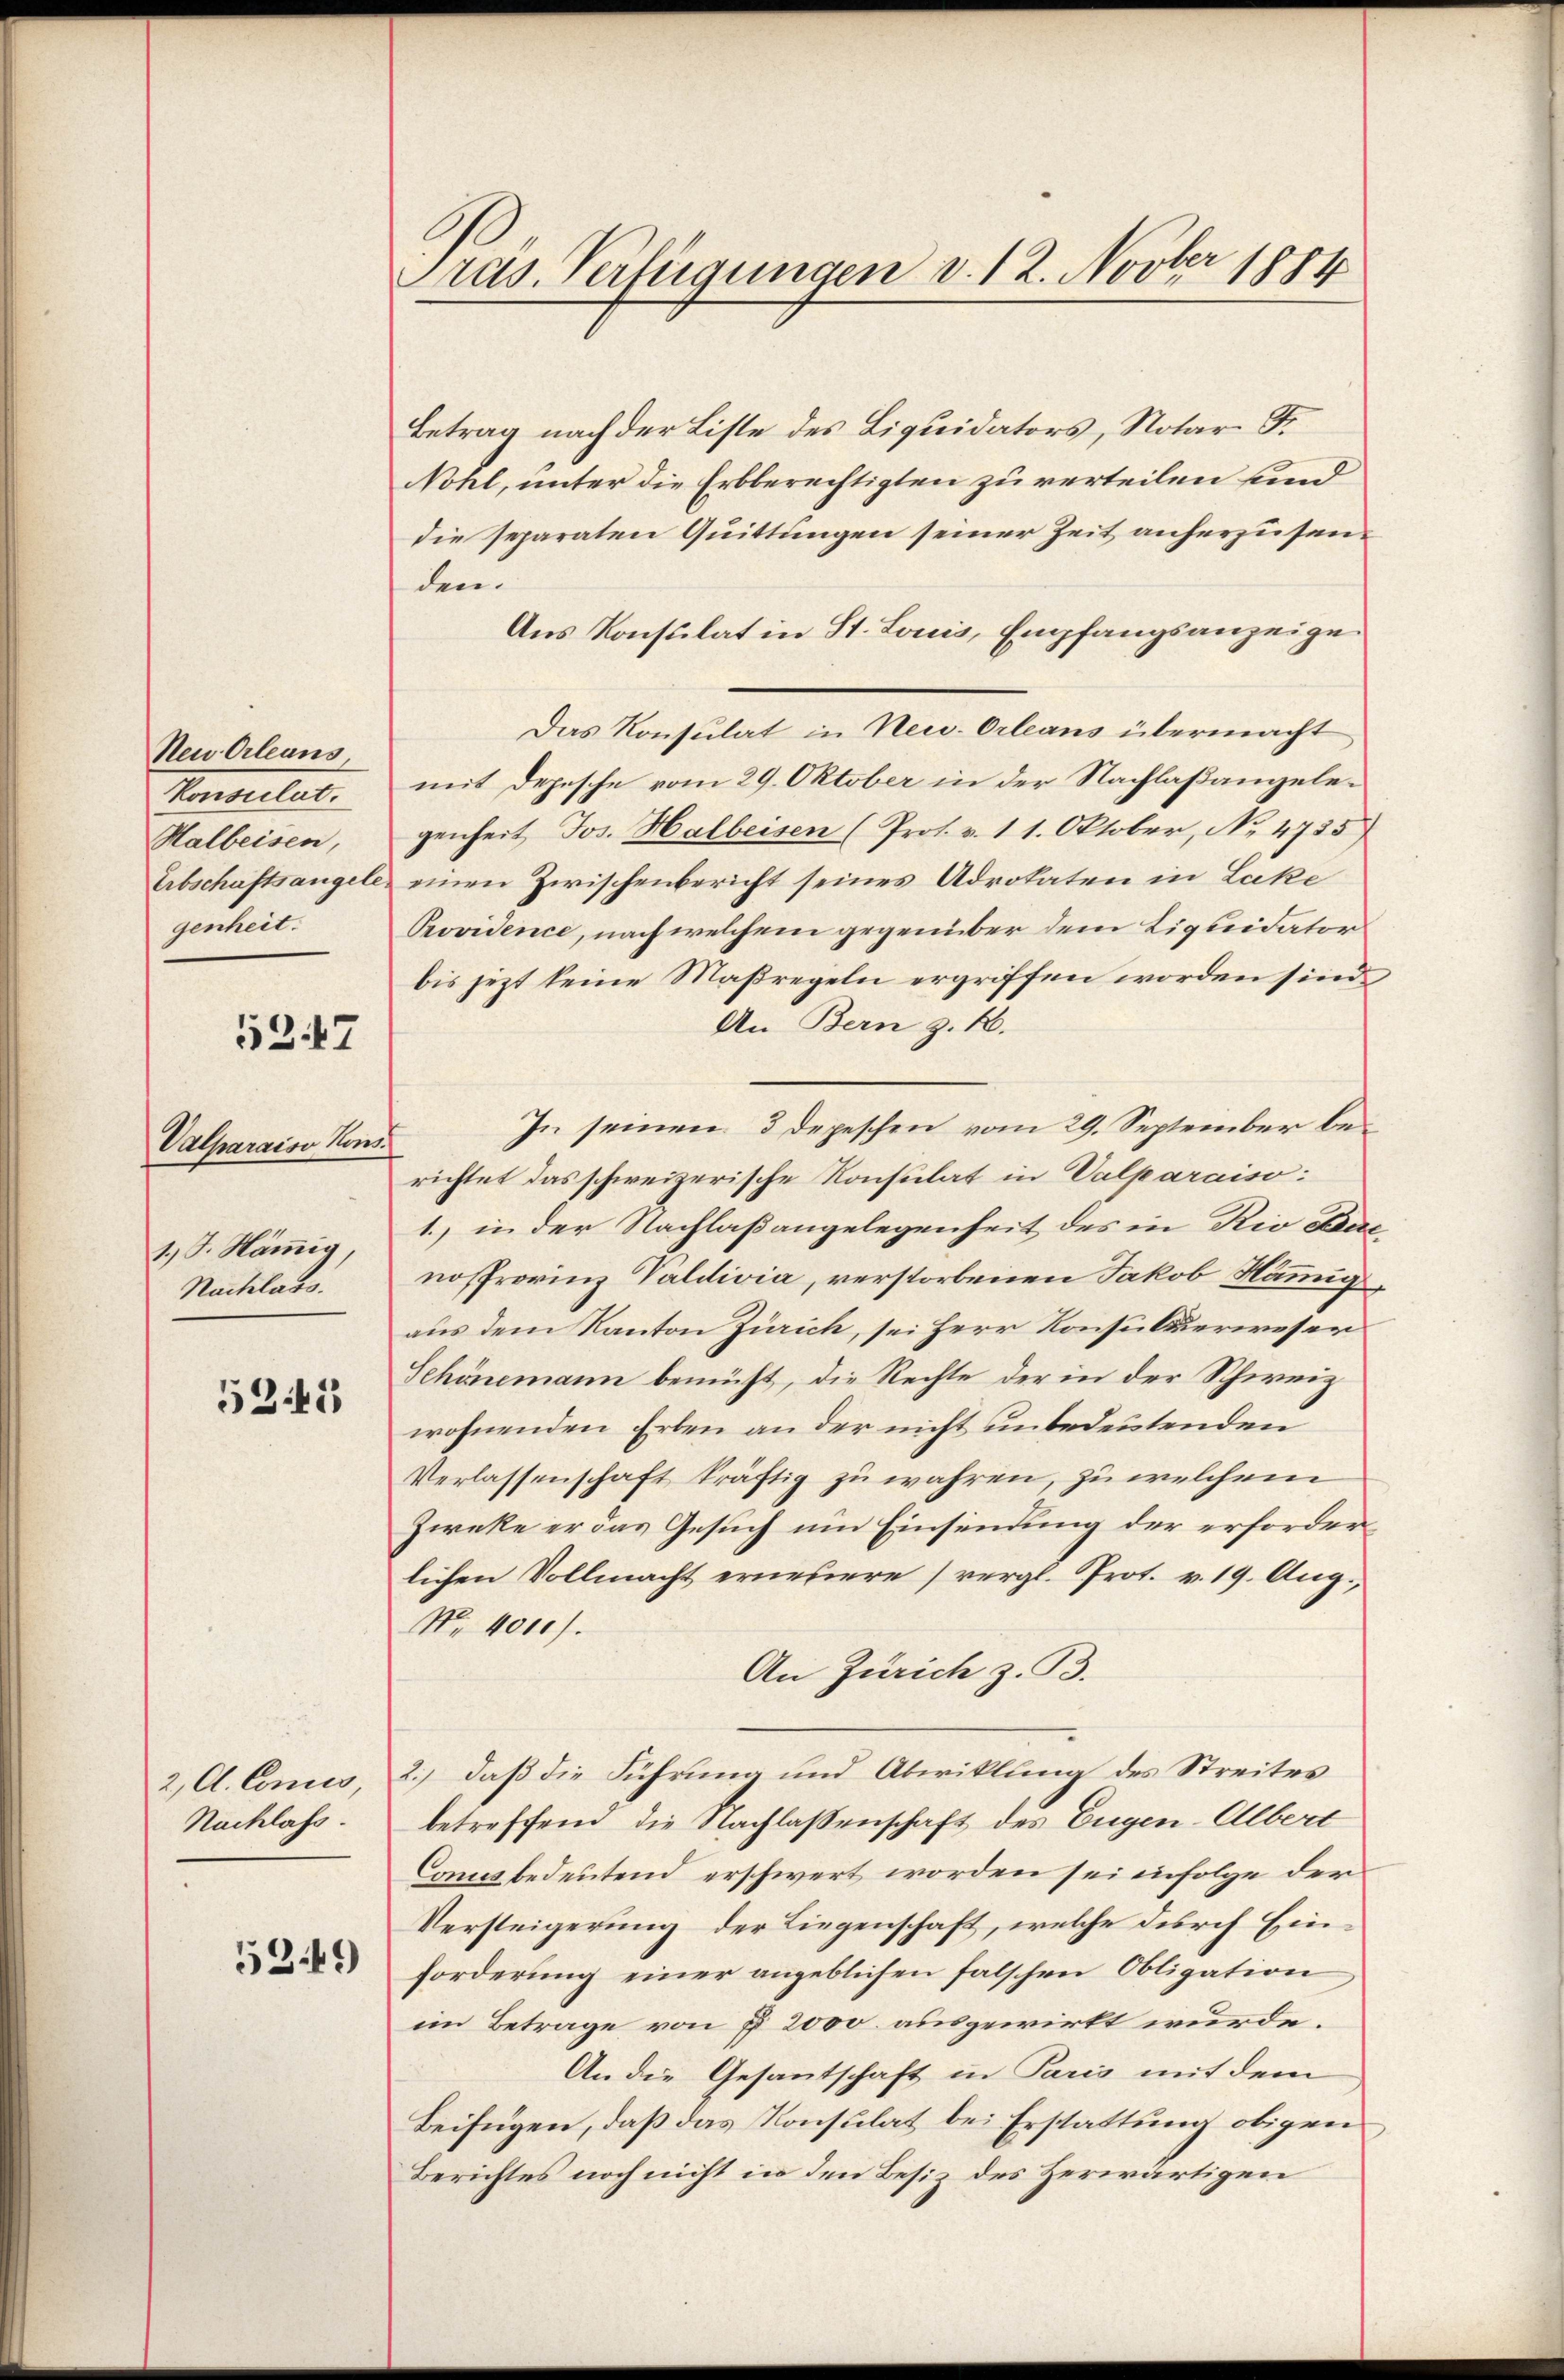
Neu Orleans
Konsulat.
Malbeisen,
genheit.

5347

Valparaiso Kons.
1.) J. Hämig,
Nachlass.

5345

2, Al. Conces,
Nachlass.

5249

Pras. Verfügungen v. 12. Novber 1884

Betrag nach der Liste des Liquidators, Notar. S.
Nohl, unter die Erbberechtigten zu verteilen und
die separaten Quittungen seiner Zeit anherzusenden.
Aus Konsulat in St. Louis, Empfangsanzeige
mit Depesche vom 29. Oktober in der Nachlaßangelegenheit Jos. Halbeisen (Pros. v. 11. Oktober, No 4755)
Erbschaftsangele, einen Zwischenbericht seines Advokaten in Luke
Providence, nach welchem gegenüber dem Liquidator
bis jezt keine Maßregeln ergriffen worden sind.
An Bern z. B.
In seinen 3 Depeschen vom 29. September berichtet das schweizerische Konsulat in Valparaiso:
1.) in der Nachlaßangelegenheit des in Rio Barnostrorinz Valdivia, verstorbenen Jakob Hämmig
aus dem Kanton Zürich, sei Herr Konsuluerweser
Schönemann bemüht, die Rechte der in der Schweiz
wohnenden Erben an der nicht unbedeutenden
Verlassenschaft kräftig zu wahren, zu welchem
Zieke er das Gesuch um Einsendung der erforderlichen Vollmacht erneuere (vergl. Prot. v. 19. Aug.,
No. 401).
An Zürich z. B.
2.) daß die Führung und Abwicklung des Streites
betreffend die Nachlaßenschaft des Eugen-Albert
Conces bedeutend erschwert worden sei infolge der
Versteigerung der Liegenschaft, welche durch Einforderung einer angeblichen falschen Obligation
im Betrage von § 2000. ausgewirkt wurde.
An die Gesantschaft in Paris mit dem
Beifügen, daß das Konsulat bei Erstattung obigen
Berichtes noch nicht in den Besiz des Herwärtigen

Das Konsulat in Neu-Orleans übermacht